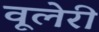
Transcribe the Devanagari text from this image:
वूलेरी